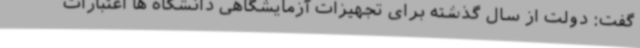
گفت: دولت از سال گذشته برای تجهیزات آزمایشگاهی دانشگاه ها اعتبارات